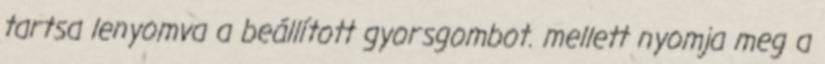
tartsa lenyomva a beállított gyorsgombot. mellett nyomja meg a